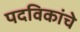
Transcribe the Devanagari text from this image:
पदविकांचे